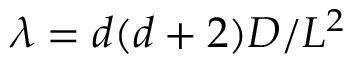
\lambda = d ( d + 2 ) D / L ^ { 2 }